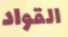
القواد